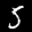
Label: 5